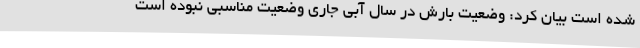
شده است بیان کرد: وضعیت بارش در سال آبی جاری وضعیت مناسبی نبوده است